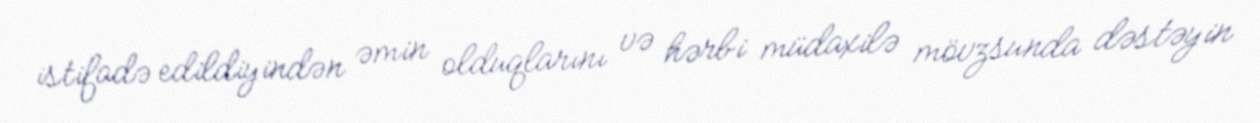
istifadə edildiyindən əmin olduqlarını və hərbi müdaxilə mövzsunda dəstəyin